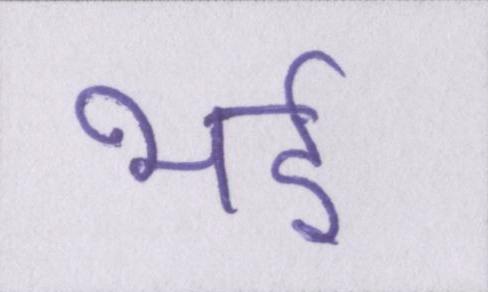
भई